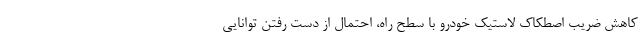
کاهش ضریب اصطکاک لاستیک خودرو با سطح راه، احتمال از دست رفتن توانایی